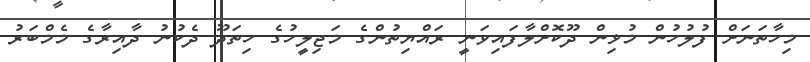
މިހާތަނަށް ފުލުހުން މުޅިން ދޫކޮށްލާފައިވަނީ ރައްޔިތުންގެ މަޖިލީހުގެ ހިތަދޫ ދެކުނު ދާއިރާގެ މެމްބަރު